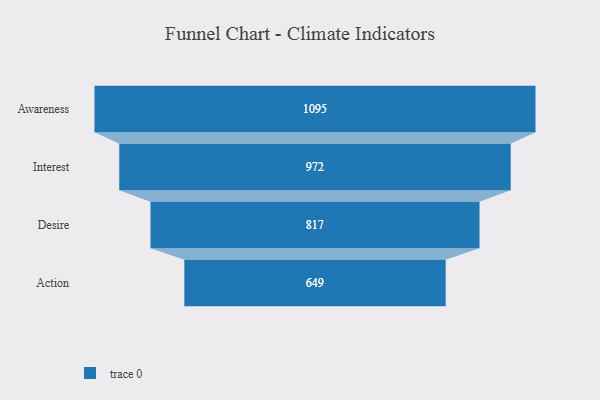
{"axis": {"x": "Stage", "y": "Value"}, "legend": [""], "data": [{"x": "Awareness", "y": 1095.0, "type": ""}, {"x": "Interest", "y": 972.0, "type": ""}, {"x": "Desire", "y": 817.0, "type": ""}, {"x": "Action", "y": 649.0, "type": ""}]}